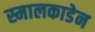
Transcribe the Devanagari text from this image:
स्मालकाडेन